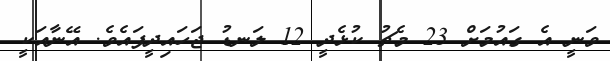
ވަނީ އެ ގައުމަށް 23 މެޗު ކުޅެދީ 12 ލަނޑު ޖަހައިދީފައެވެ. އޭނާއަކީ